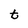
Character: t